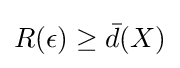
R(\epsilon )\geq {\bar {d}}(X)